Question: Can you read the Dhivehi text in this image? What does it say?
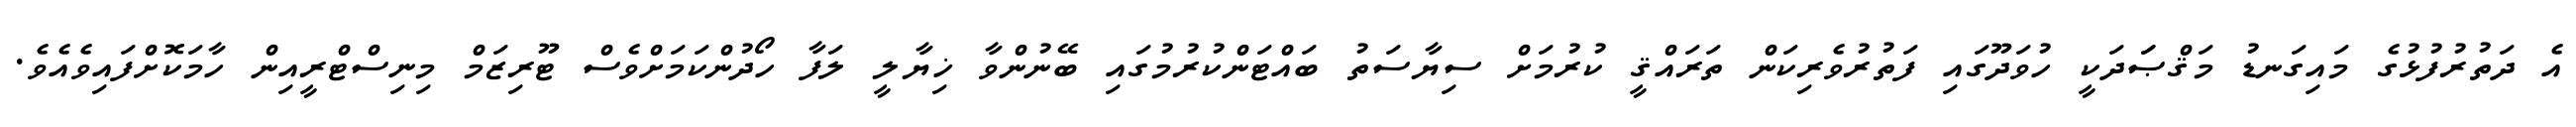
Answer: އެ ދަތުރުފުޅުގެ މައިގަނޑު މަޤްޞަަދަކީ ހުވަދޫގައި ފަތުރުވެރިކަން ތަރައްޤީ ކުރުމަށް ސިޔާސަތު ބައްޓަންކުރުމުގައި ބޭނުންވާ ޚިޔާލީ ލަފާ ހޯދުންކަމަށްވެސް ޓޫރިޒަމް މިނިސްޓްރީއިން ހާމަކޮށްފައިވެއެވެ.